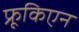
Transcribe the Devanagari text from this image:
फ्रूकिएन